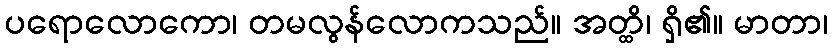
ပရောလောကော၊ တမလွန်လောကသည်။ အတ္ထိ၊ ရှိ၏။ မာတာ၊